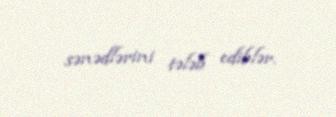
sənədlərini tələb ediblər.